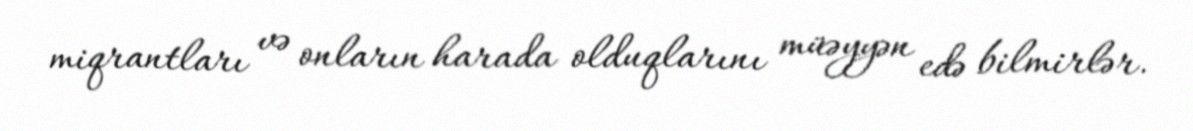
miqrantları və onların harada olduqlarını müəyyən edə bilmirlər.